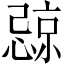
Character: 𪬧